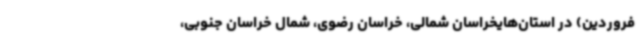
فروردین) در استان‌هایخراسان شمالی، خراسان رضوی، شمال خراسان جنوبی،